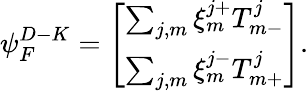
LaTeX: {\psi}_{F}^{D-K}=\left[\begin{array}{c}{{\sum_{j,m}\xi_{m}^{j+}T_{m-}^{j}}}\\ {{\sum_{j,m}\xi_{m}^{j-}T_{m+}^{j}}}\end{array}\right].